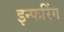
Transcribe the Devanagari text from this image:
इन्फरिंग